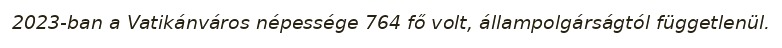
2023-ban a Vatikánváros népessége 764 fő volt, állampolgárságtól függetlenül.